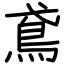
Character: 鳶